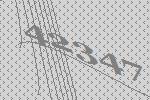
42347